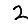
Digit: 2